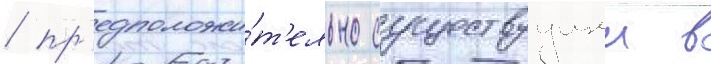
/ пр'едположи́т'ельно существуущеи в